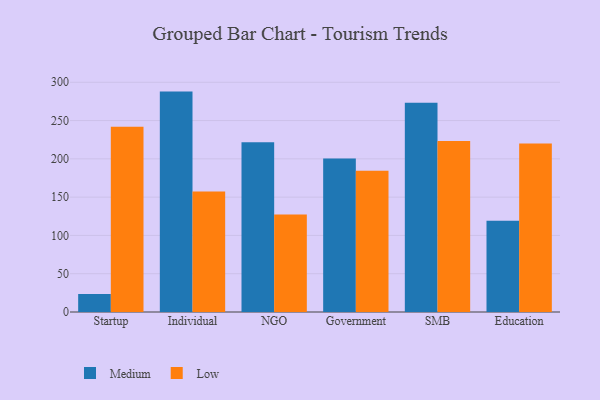
{"axis": {"x": "Segment", "y": "Gross Profit (USD K)"}, "legend": ["Low", "Medium"], "data": [{"x": "Startup", "y": 23.5, "type": "Medium"}, {"x": "Startup", "y": 241.9, "type": "Low"}, {"x": "Individual", "y": 287.8, "type": "Medium"}, {"x": "Individual", "y": 157.5, "type": "Low"}, {"x": "NGO", "y": 221.6, "type": "Medium"}, {"x": "NGO", "y": 127.4, "type": "Low"}, {"x": "Government", "y": 200.4, "type": "Medium"}, {"x": "Government", "y": 184.6, "type": "Low"}, {"x": "SMB", "y": 273.1, "type": "Medium"}, {"x": "SMB", "y": 223.3, "type": "Low"}, {"x": "Education", "y": 119.3, "type": "Medium"}, {"x": "Education", "y": 220.0, "type": "Low"}]}